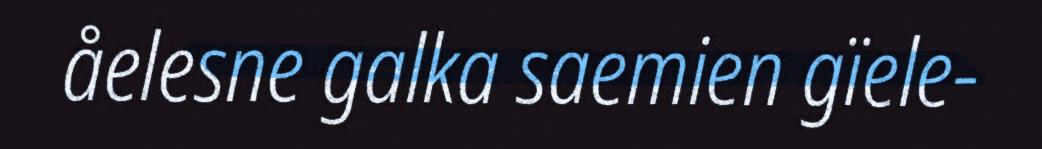
åelesne galka saemien gïele-